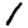
Digit: 1